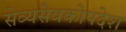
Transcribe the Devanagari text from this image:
सेव्यसेवकोपदेश